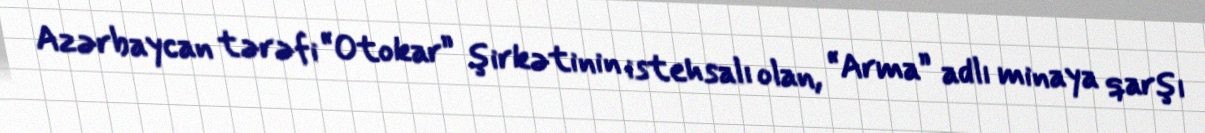
Azərbaycan tərəfi “Otokar” şirkətinin istehsalı olan, “Arma” adlı minaya qarşı